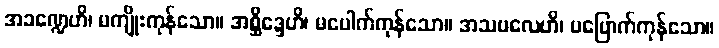
အခဏ္ဍေဟိ၊ မကျိုးကုန်သော။ အစ္ဆိဒ္ဒေဟိ၊ မပေါက်ကုန်သော။ အသဗလေဟိ၊ မပြောက်ကုန်သော။